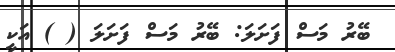
ބޭރު މަސް ފަށަލަ: ބޭރު މަސް ފަށަލަ ( ) އަކީ